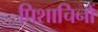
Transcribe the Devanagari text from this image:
पिशाचिनों